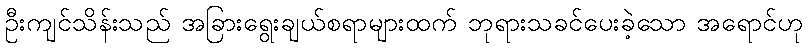
ဦးကျင်သိန်းသည် အခြားရွေးချယ်စရာများထက် ဘုရားသခင်ပေးခဲ့သော အရောင်ဟု